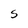
Character: S